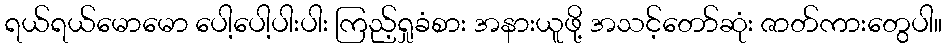
ရယ်ရယ်မောမော ပေါ့ပေါ့ပါးပါး ကြည့်ရှုခံစား အနားယူဖို့ အသင့်တော်ဆုံး ဇာတ်ကားတွေပါ။